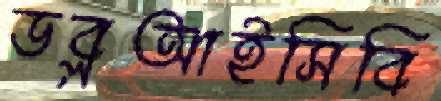
ডব্লআইসিবি